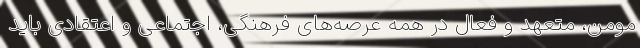
مومن، متعهد و فعال در همه عرصه‌های فرهنگی، اجتماعی و اعتقادی باید